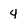
Character: 4